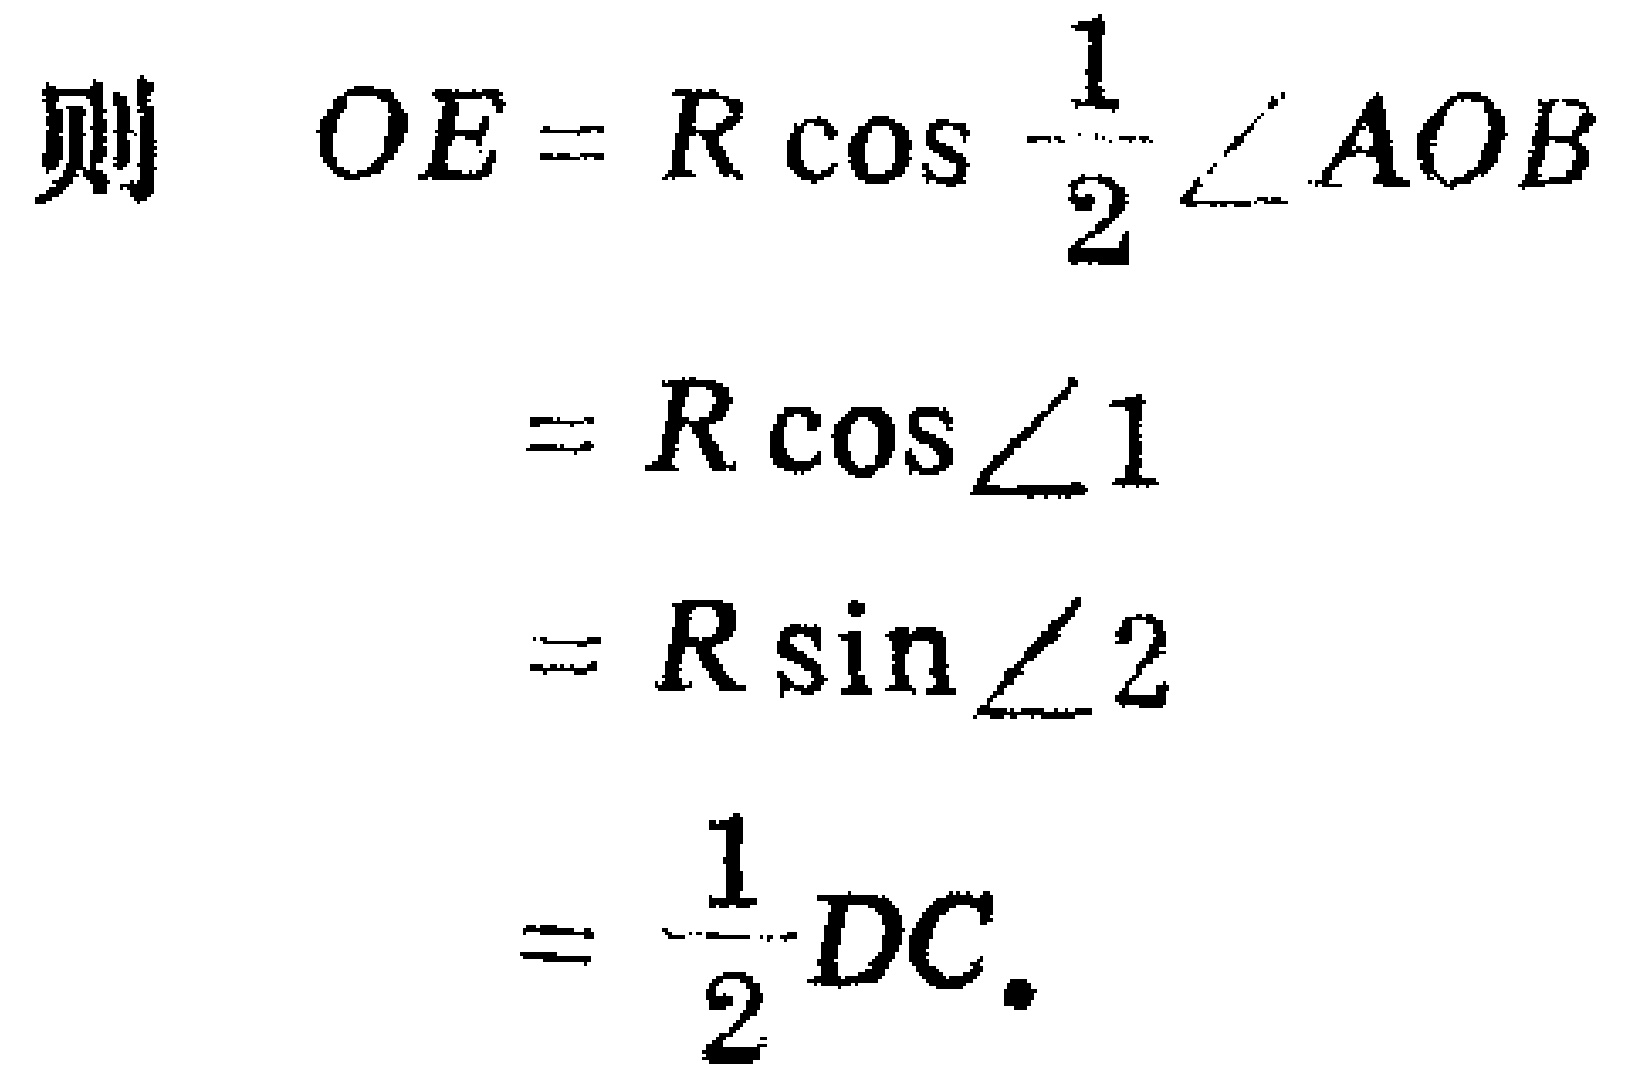
则 \(OE = R\cos\frac{1}{2}\angle AOB\)
\[
\begin{align*}
&=R\cos\angle 1\\
&=R\sin\angle 2\\
&=\frac{1}{2}DC.
\end{align*}
\]